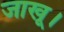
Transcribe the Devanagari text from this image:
जाखू।